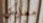
معارض